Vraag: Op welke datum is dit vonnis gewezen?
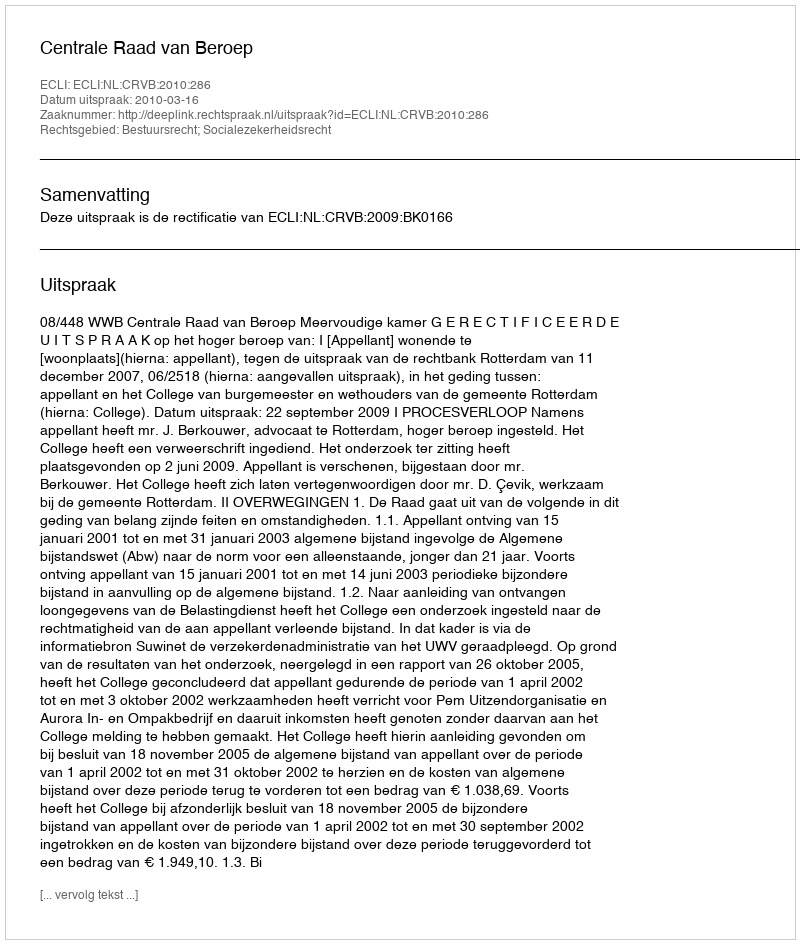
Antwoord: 2010-03-16